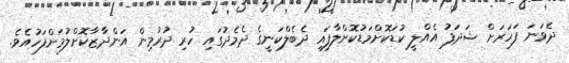
ދެވަނަ ފަހަރަށް ޝަދަފު އެއްލީ ކުޑަކޮށްމަޑުކޮށްލާފައި ދެބެލްކަނީގެ ދެމެދުގައި ހުރި ދުރުމިން އަންދާޒާކޮށްލުމަށްފަހުއެވެ.